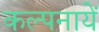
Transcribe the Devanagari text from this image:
कल्पनायें